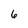
Character: 6